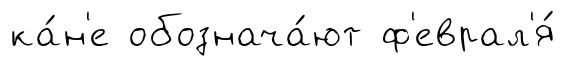
ка́н'е обознача́ют ф'еврал'я́